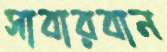
সাবারবান